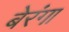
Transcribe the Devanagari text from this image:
बेरंगा